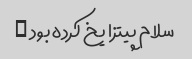
سلام پیتزا یخ کرده بود …